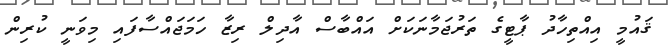
ޤައުމީ އިއްތިހާދު ޕާޓީގެ ތަރުޖަމާނަކަށް އައްބާސް އާދިލް ރިޒާ ހަމަޖައްސާފައި މިވަނީ ކުރިން